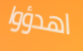
اهدؤوا